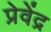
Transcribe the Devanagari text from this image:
प्रेवेंद्र